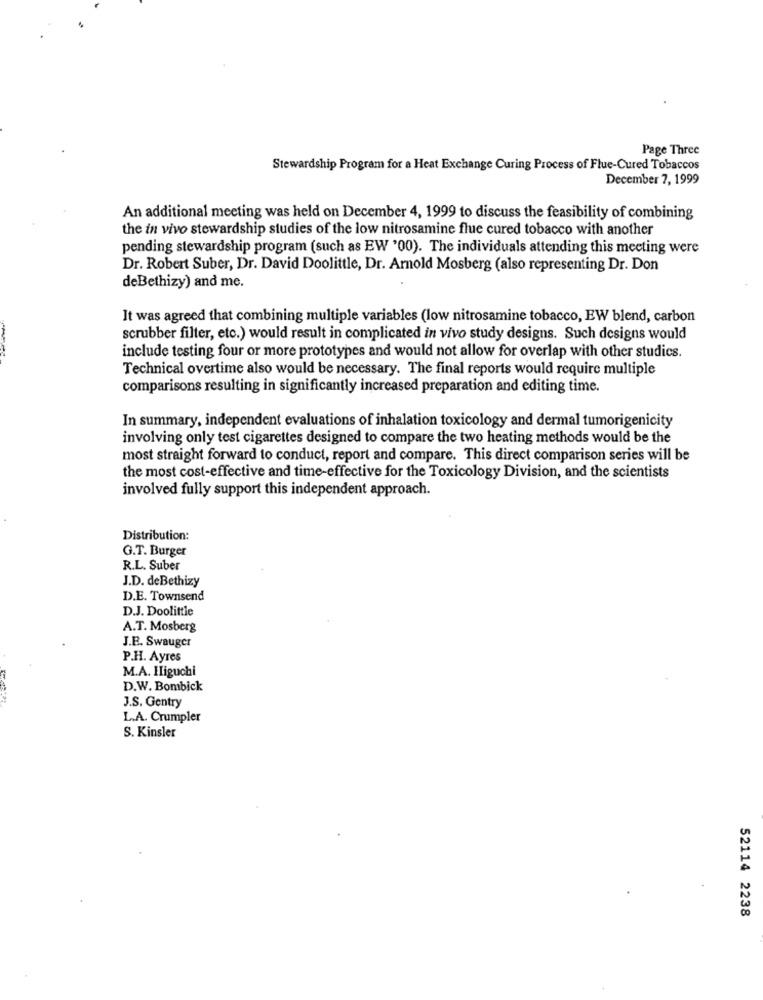
Page Three
Stewardship Program for a Heat Exchange Curing Process of Flue-Cured Tobaccos
December 7, 1999
An additional meeting was held on December 4, 1999 to discuss the feasibility of combining
the in vivo stewardship studies of the low nitrosamine flue cured tobacco with another
pending stewardship program (such as EW '00). The individuals attending this meeting were
Dr. Robert Suber, Dr. David Doolittle, Dr. Arnold Mosberg (also representing Dr. Don
deBethizy) and me.
It was agreed that combining multiple variables (low nitrosamine tobacco, EW blend, carbon
scrubber filter, etc.) would result in complicated in vivo study designs. Such designs would
include testing four or more prototypes and would not allow for overlap with other studies.
Technical overtime also would be necessary. The final reports would require multiple
comparisons resulting in significantly increased preparation and editing time.
In summary, independent evaluations of inhalation toxicology and dermal tumorigenicity
involving only test cigarettes designed to compare the two heating methods would be the
most straight forward to conduct, report and compare. This direct comparison series will be
the most cost-effective and time-effective for the Toxicology Division, and the scientists
involved fully support this independent approach.
Distribution:
G.T. Burger
R.L. Suber
J.D. de Bethizy
D.E. Townsend
D.J. Doolittle
A.T. Mosberg
J.B. Swauger
P.H. Ayres
M.A. Iiguchi
D.W. Bombick
J.S. Gentry
L.A. Crumpler
S. Kinsler
52114 2238